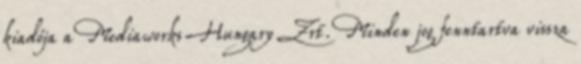
kiadója a Mediaworks Hungary Zrt. Minden jog fenntartva vissza